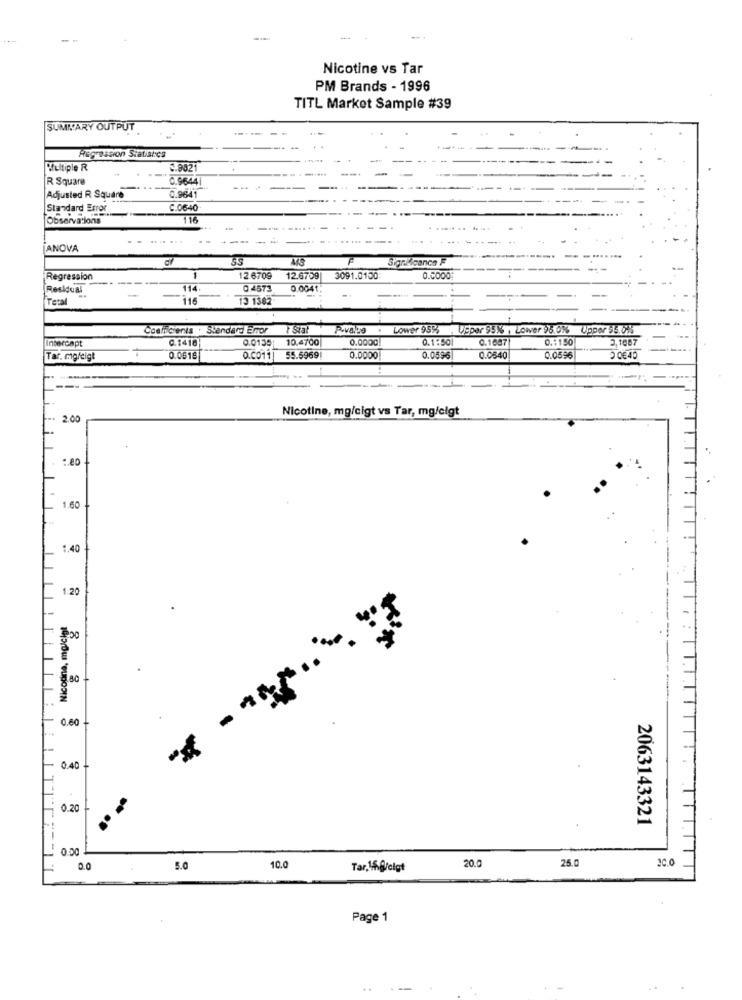
Nicotine vs Tar
PM Brands - 1996
TITL Market Sample #39
SUMMARY OUTPUT
Regression Statistics
Multiple R
5.9021
R Square
0.9644
Adjusted R Square
0.9641
Standard Error
C.0640
Observations
11
ANOVA
SS
F
significance F
Regression
1
12.6709
12.6759|
3091.0100
0.0000
Residual
114
0.4573
0.0041.
Tera
-
116
13 1382
Coalicients : Standard Emor
Lower 95%
Upper 95% , Lower 95.0%%
Upper 95.0%
Intercapt
C.1418
0.0135
10.4700
0.0000
0.1 :50
0.1687
0.1150
3.1887
Tar. mg/eigt
0.0619
0.0011]
55.5969!
0.0000
0.0596
0.0640
0.0596
2 0645
Nicotine, mg/cigt vs Tar, mg/eigt
2.00
.. 80
1.60
1.40
1.20
Nicotine, mgicigt
* - **= =
0.60
0.40
0.20
2063143321
20.0
25.0
0.0
5.0
10.0
Tar, 16.@folgt
Page 1
..